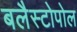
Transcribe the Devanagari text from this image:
बलैस्टोपोल